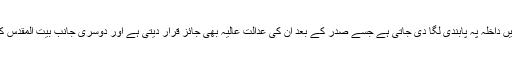
ایک جانب چند مسلم ممالک کے امریکہ میں داخلہ پہ پابندی لگا دی جاتی ہے جسے صدر کے بعد ان کی عدالتِ عالیہ بھی جائز قرار دیتی ہے اور دوسری جانب بیت المقدس کو اسرائیل کی جھولی میں ڈال دیا جاتا ہے۔